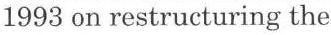
1993 on restructuring the